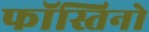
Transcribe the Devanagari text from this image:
फॉस्तिनो